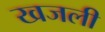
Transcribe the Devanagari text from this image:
खजली